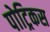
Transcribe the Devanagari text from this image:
पोट्रिकस